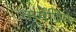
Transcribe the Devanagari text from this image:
कर्मेंद्रियें